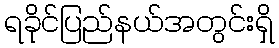
ရခိုင်ပြည်နယ်အတွင်းရှိ